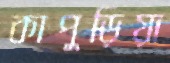
কাপুড়িয়া